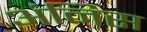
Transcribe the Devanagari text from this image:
अंनिस